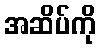
အဆိပ်ကို